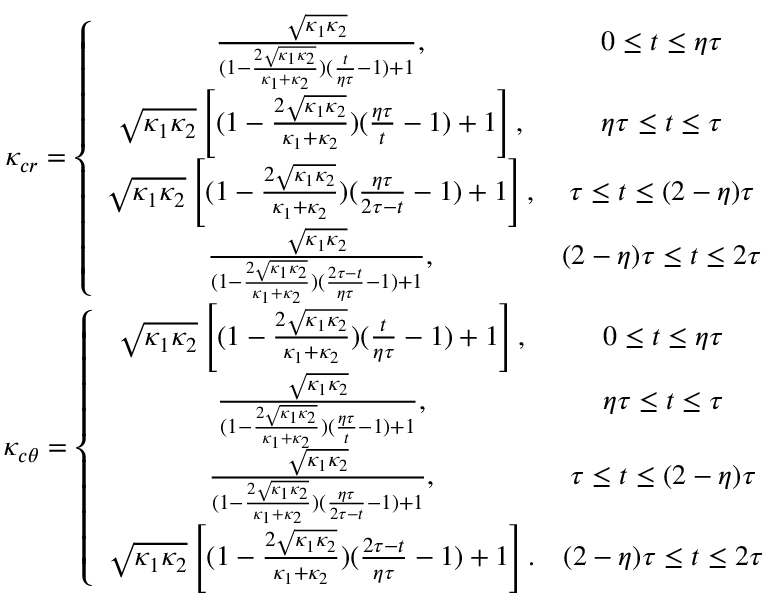
\begin{array} { c } { \kappa _ { c r } = \left\lbrace \begin{array} { c c } { \frac { \sqrt { \kappa _ { 1 } \kappa _ { 2 } } } { ( 1 - \frac { 2 \sqrt { \kappa _ { 1 } \kappa _ { 2 } } } { \kappa _ { 1 } + \kappa _ { 2 } } ) ( \frac { t } { \eta \tau } - 1 ) + 1 } , } & { 0 \le t \le \eta \tau } \\ { \sqrt { \kappa _ { 1 } \kappa _ { 2 } } \left[ ( 1 - \frac { 2 \sqrt { \kappa _ { 1 } \kappa _ { 2 } } } { \kappa _ { 1 } + \kappa _ { 2 } } ) ( \frac { \eta \tau } { t } - 1 ) + 1 \right] , } & { \eta \tau \le t \le \tau } \\ { \sqrt { \kappa _ { 1 } \kappa _ { 2 } } \left[ ( 1 - \frac { 2 \sqrt { \kappa _ { 1 } \kappa _ { 2 } } } { \kappa _ { 1 } + \kappa _ { 2 } } ) ( \frac { \eta \tau } { 2 \tau - t } - 1 ) + 1 \right] , } & { \tau \le t \le ( 2 - \eta ) \tau } \\ { \frac { \sqrt { \kappa _ { 1 } \kappa _ { 2 } } } { ( 1 - \frac { 2 \sqrt { \kappa _ { 1 } \kappa _ { 2 } } } { \kappa _ { 1 } + \kappa _ { 2 } } ) ( \frac { 2 \tau - t } { \eta \tau } - 1 ) + 1 } , } & { ( 2 - \eta ) \tau \le t \le 2 \tau } \end{array} \right. } \\ { \kappa _ { c \theta } = \left\lbrace \begin{array} { c c } { \sqrt { \kappa _ { 1 } \kappa _ { 2 } } \left[ ( 1 - \frac { 2 \sqrt { \kappa _ { 1 } \kappa _ { 2 } } } { \kappa _ { 1 } + \kappa _ { 2 } } ) ( \frac { t } { \eta \tau } - 1 ) + 1 \right] , } & { 0 \le t \le \eta \tau } \\ { \frac { \sqrt { \kappa _ { 1 } \kappa _ { 2 } } } { ( 1 - \frac { 2 \sqrt { \kappa _ { 1 } \kappa _ { 2 } } } { \kappa _ { 1 } + \kappa _ { 2 } } ) ( \frac { \eta \tau } { t } - 1 ) + 1 } , } & { \eta \tau \le t \le \tau } \\ { \frac { \sqrt { \kappa _ { 1 } \kappa _ { 2 } } } { ( 1 - \frac { 2 \sqrt { \kappa _ { 1 } \kappa _ { 2 } } } { \kappa _ { 1 } + \kappa _ { 2 } } ) ( \frac { \eta \tau } { 2 \tau - t } - 1 ) + 1 } , } & { \tau \le t \le ( 2 - \eta ) \tau } \\ { \sqrt { \kappa _ { 1 } \kappa _ { 2 } } \left[ ( 1 - \frac { 2 \sqrt { \kappa _ { 1 } \kappa _ { 2 } } } { \kappa _ { 1 } + \kappa _ { 2 } } ) ( \frac { 2 \tau - t } { \eta \tau } - 1 ) + 1 \right] . } & { ( 2 - \eta ) \tau \le t \le 2 \tau } \end{array} \right. } \end{array}